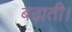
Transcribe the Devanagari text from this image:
बढ़ाती।